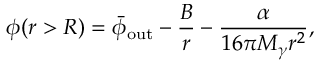
\phi ( r > R ) = \bar { \phi } _ { \mathrm { o u t } } - \frac { B } { r } - \frac { \alpha } { 1 6 \pi M _ { \gamma } r ^ { 2 } } ,